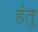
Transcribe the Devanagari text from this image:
हंतु